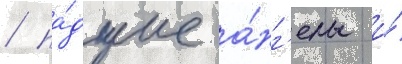
/ па́дшие а́нг'елы и́